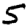
Digit: 5